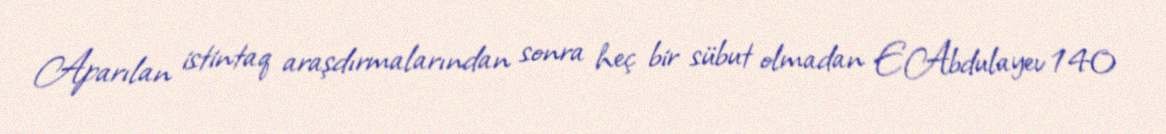
Aparılan istintaq araşdırmalarından sonra heç bir sübut olmadan E.Abdulayev 140